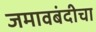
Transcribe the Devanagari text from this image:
जमावबंदीचा